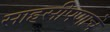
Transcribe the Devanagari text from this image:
साहसीपणाचे